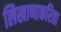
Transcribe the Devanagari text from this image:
लिखाणाकरिता